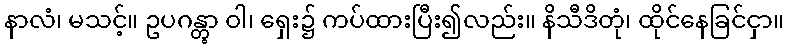
နာလံ၊ မသင့်။ ဥပဂန္တွာ ဝါ၊ ရှေး၌ ကပ်ထားပြီး၍လည်း။ နိသီဒိတုံ၊ ထိုင်နေခြင်ငှာ။